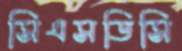
সিএসডিসি